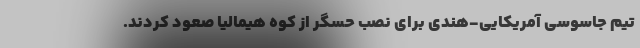
تیم جاسوسی آمریکایی-هندی برای نصب حسگر از کوه هیمالیا صعود کردند.